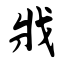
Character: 戕